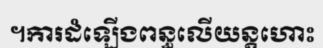
។ការដំឡើងពន្ធលើយន្តហោះ